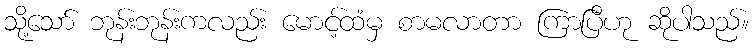
သို့သော် ဘုန်းဘုန်းကလည်း မောင့်ထံမှ စာမလာတာ ကြာပြီဟု ဆိုပါသည်။